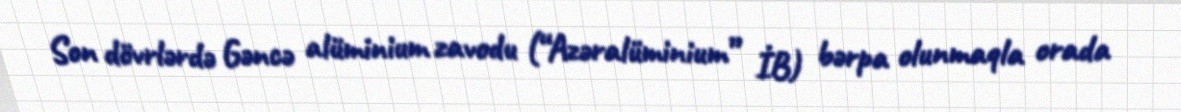
Son dövrlərdə Gəncə alüminium zavodu (“Azəralüminium” İB) bərpa olunmaqla orada